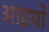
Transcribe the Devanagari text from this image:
आइयो